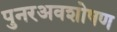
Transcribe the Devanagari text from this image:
पुनरअवशोषण